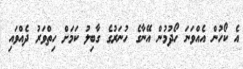
އެ ކޯހުން އެއްވަނަ ހޯދުމުން އޭނާގެ ހުނަރުގެ ގާބިލު ކަމަށް ހިތްވަރު ދެއްވައި